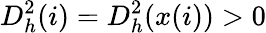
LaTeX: D_{h}^{2}(i)=D_{h}^{2}(x(i))>0